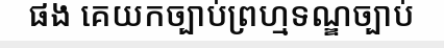
ផង គេយកច្បាប់ព្រហ្មទណ្ឌច្បាប់